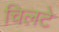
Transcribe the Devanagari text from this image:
चिलटे